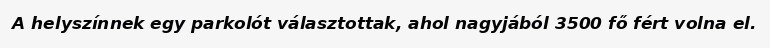
A helyszínnek egy parkolót választottak, ahol nagyjából 3500 fő fért volna el.